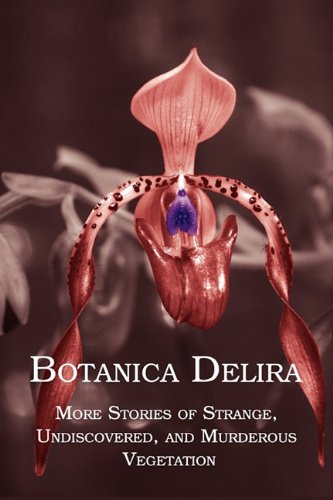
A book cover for Botanica Delira: More Stories of Strange, Undiscovered, and Murderous Vegetation; Science Fiction & Fantasy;